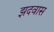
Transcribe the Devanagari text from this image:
झदवास